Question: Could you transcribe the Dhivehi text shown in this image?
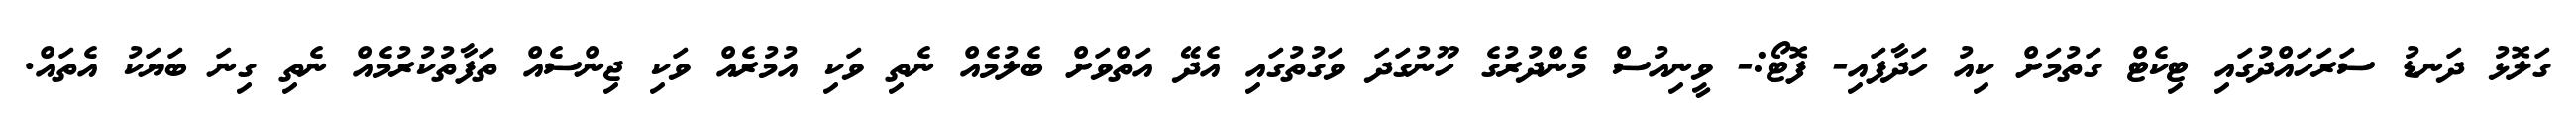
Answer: ގަލޮޅު ދަނޑު ސަރަހައްދުގައި ޓިކެޓް ގަތުމަށް ކިއު ހަދާފައި- ފޮޓޯ:- ވީނިއުސް މެންދުރުގެ ހޫނުގަދަ ވަގުތުގައި އެދޭ އަތްވަށް ބެލުމެއް ނެތި ވަކި އުމުރެއް ވަކި ޖިންސެއް ތަފާތުކުރުމެއް ނެތި ގިނަ ބަޔަކު އެތައް.